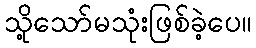
သို့သော်မသုံးဖြစ်ခဲ့ပေ။